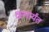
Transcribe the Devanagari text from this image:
क्षणार्यंत